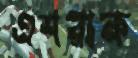
এশরাক